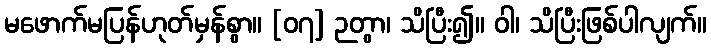
မဖောက်မပြန်ဟုတ်မှန်စွာ။ [၀၇] ဉတွာ၊ သိပြီး၍။ ဝါ၊ သိပြီးဖြစ်ပါလျက်။